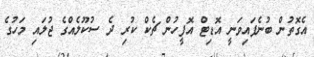
އެގޮތުން ބުނެފައިވަނީ އޮޑިޓް އޮފީހުން ޗެކް ކުރި ދެ ސުކޫލެއްގެ ޖުލައި މަހުގެ